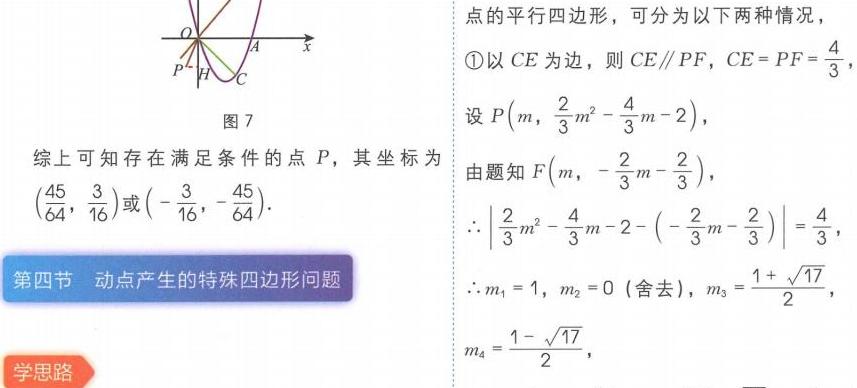
图7

综上可知存在满足条件的点 \(P\)，其坐标为 \((\frac{45}{64}, \frac{3}{16})\)或\((-\frac{3}{16}, -\frac{45}{64})\)。
第四节 动点产生的特殊四边形问题
学思路
点的平行四边形，可分为以下两种情况，
\textcircled{1}以 \(CE\) 为边，则 \(CE\parallel PF\)，\(CE = PF=\frac{4}{3}\)
设 \(P(m,\frac{2}{3}m^{2}-\frac{4}{3}m - 2)\)，
由题知 \(F(m,-\frac{2}{3}m-\frac{2}{3})\)，
\(\therefore\left|\frac{2}{3}m^{2}-\frac{4}{3}m - 2-(-\frac{2}{3}m-\frac{2}{3})\right|=\frac{4}{3}\)，
\(\therefore m_1 = 1\)，\(m_2 = 0\)（舍去），\(m_3=\frac{1 + \sqrt{17}}{2}\)，
\(m_4=\frac{1 - \sqrt{17}}{2}\)，